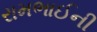
રામભાઈની